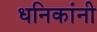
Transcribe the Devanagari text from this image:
धनिकांनी